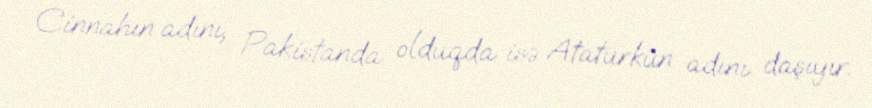
Cinnahın adını, Pakistanda olduqda isə Atatürkün adını daşıyır.